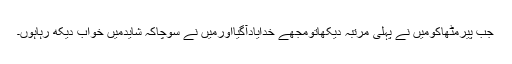
جب پیرمٹھاؒکومیں نے پہلی مرتبہ دیکھاتومجھے خدایادآگیااورمیں نے سوچاکہ شایدمیں خواب دیکھ رہاہوں۔